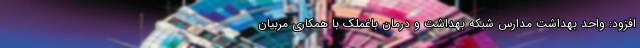
افزود: واحد بهداشت مدارس شبکه بهداشت و درمان باغملک با همکاری مربیان